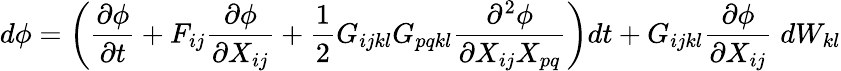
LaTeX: d\phi=\bigg(\frac{\partial\phi}{\partial t}+F_{ij}\frac{\partial\phi}{\partial X_{ij}}+\frac{1}{2}G_{ijkl}G_{pqkl}\frac{\partial^{2}\phi}{\partial X_{ij}X_{pq}}\bigg)dt+G_{ijkl}\frac{\partial\phi}{\partial X_{ij}}\; dW_{kl}